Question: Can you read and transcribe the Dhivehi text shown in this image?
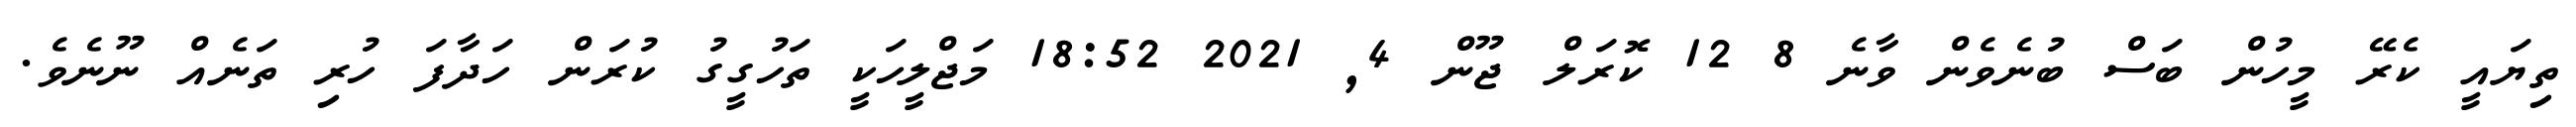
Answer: ތިޔައީ ކެރޭ މީހުން ބަސް ބުނެވެން ވާނެ 8 12 ކޮރަލް ޖޫން 4, 2021 18:52 މަޖްލީހަކީ ތަހުގީގު ކުރަން ހަދާފަ ހުރި ތަނެއް ނޫނެވެ.